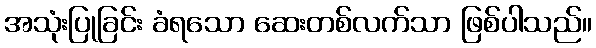
အသုံးပြုခြင်း ခံရသော ဆေးတစ်လက်သာ ဖြစ်ပါသည်။